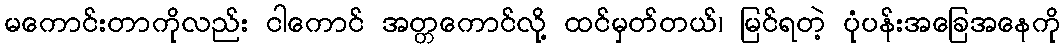
မကောင်းတာကိုလည်း ငါကောင် အတ္တကောင်လို့ ထင်မှတ်တယ်၊ မြင်ရတဲ့ ပုံပန်းအခြေအနေကို